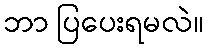
ဘာ ပြပေးရမလဲ။